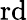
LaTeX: \textrm{rd}